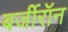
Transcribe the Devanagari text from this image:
बर्जीरॉन